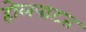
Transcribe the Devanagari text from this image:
होलपाटत